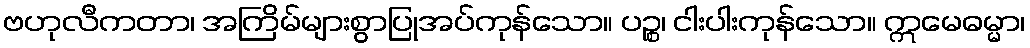
ဗဟုလီကတာ၊ အကြိမ်များစွာပြုအပ်ကုန်သော။ ပဉ္စ၊ ငါးပါးကုန်သော။ ဣမေဓမ္မာ၊